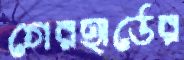
গেরহার্ডের